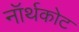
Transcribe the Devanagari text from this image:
नॉर्थकोट